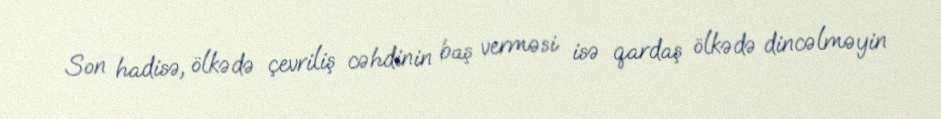
Son hadisə, ölkədə çevriliş cəhdinin baş verməsi isə qardaş ölkədə dincəlməyin